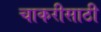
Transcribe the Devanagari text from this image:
चाकरीसाठी